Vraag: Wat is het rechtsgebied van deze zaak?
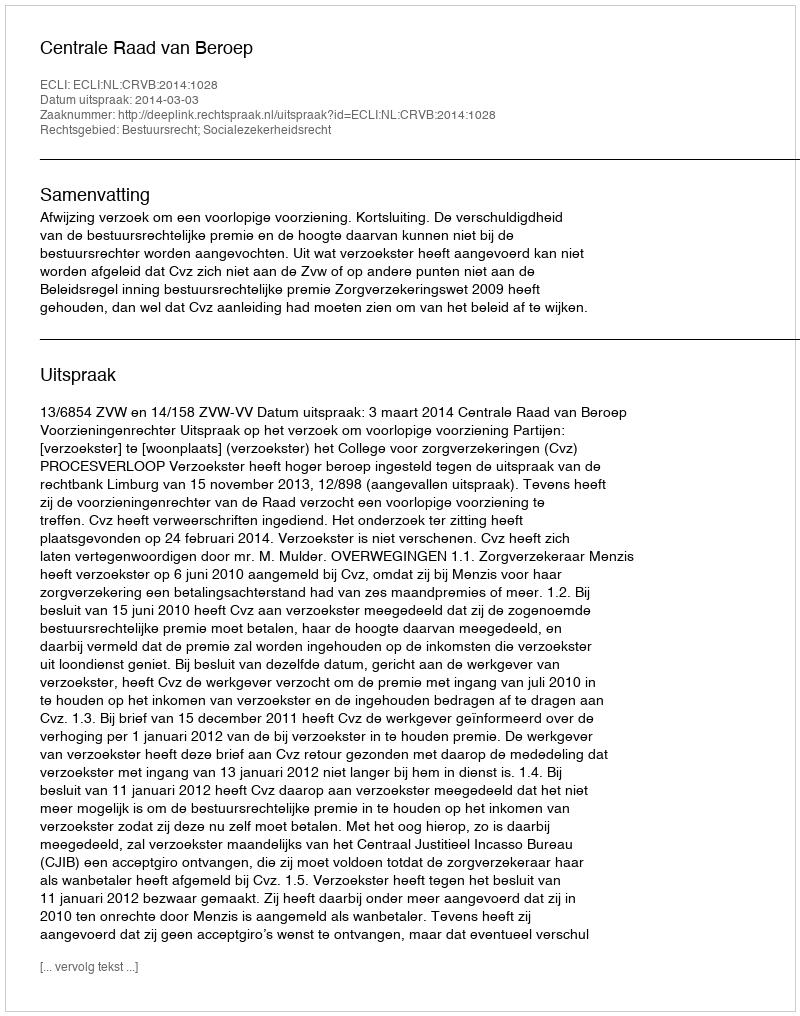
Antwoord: Bestuursrecht; Socialezekerheidsrecht